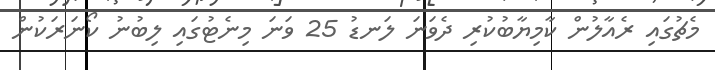
މެޗުގައި ރެއާލުން ކާމިޔާބުކުރި ދެވަނަ ލަނޑު 25 ވަނަ މިނެޓުގައި ލިބުނު ކޯނަރަކުން